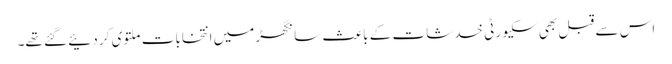
اس سے قبل بھی سکیورٹی خدشات کے باعث سانگھڑ میں انتخابات ملتوی کر دئیے گئے تھے۔